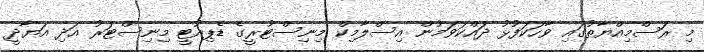
މި ރަސްމިއްޔާތުގައި ވާހަކަފުޅު ދައްކަވަމުން އިސްލާމިކް މިނިސްޓުރީގެ ޑެޕިއުޓީ މިނިސްޓަރު އަދި އަޔާދީ